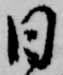
日